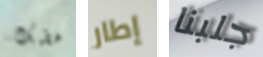
خطبك إطار جلبنا